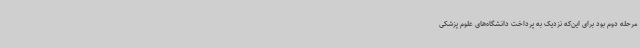
مرحله‌ دوم بود برای این‌که نزدیک به پرداخت دانشگاه‌های علوم پزشکی